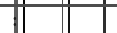
: